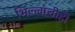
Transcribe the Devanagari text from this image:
भिल्लांचीही